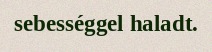
sebességgel haladt.